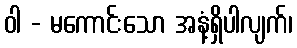
ဝါ - မကောင်းသော အနံ့ရှိပါလျက်၊